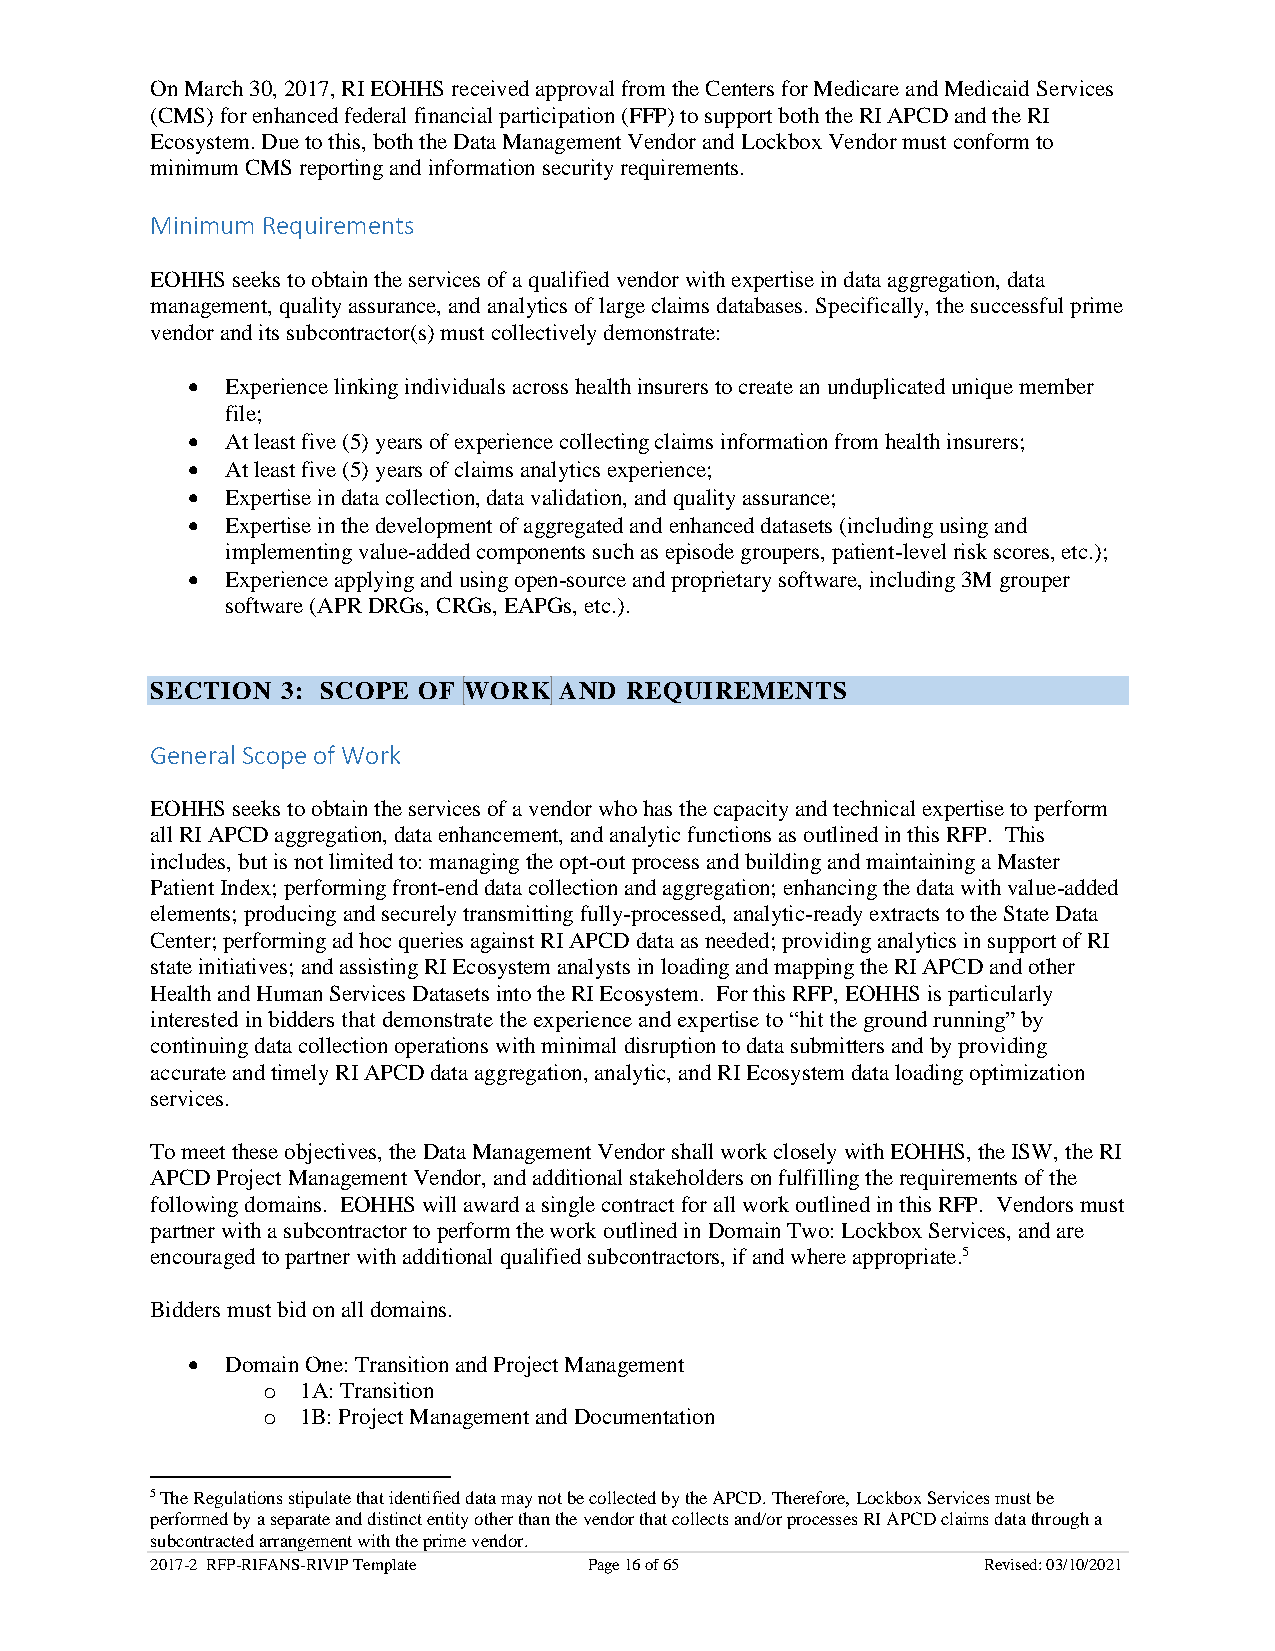
On March 30, 2017, RI EOHHS received approval from the Centers for Medicare and Medicaid Services
 (CMS) for enhanced federal financial participation (FFP) to support both the RI APCD and the RI
 Ecosystem. Due to this, both the Data Management Vendor and Lockbox Vendor must conform to
 minimum CMS reporting and information security requirements.
 Minimum Requirements
 EOHHS seeks to obtain the services of a qualified vendor with expertise in data aggregation, data
 management, quality assurance, and analytics of large claims databases. Specifically, the successful prime
 vendor and its subcontractor(s) must collectively demonstrate:
 •  Experience linking individuals across health insurers to create an unduplicated unique member
 file;
 •  At least five (5) years of experience collecting claims information from health insurers;
 •  At least five (5) years of claims analytics experience;
 •  Expertise in data collection, data validation, and quality assurance;
 •  Expertise in the development of aggregated and enhanced datasets (including using and
 implementing value-added components such as episode groupers, patient-level risk scores, etc.);
 •  Experience applying and using open-source and proprietary software, including 3M grouper
 software (APR DRGs, CRGs, EAPGs, etc.).
 SECTION  3: SCOPE OF WORK  AND REQUIREMENTS
 General Scope of Work
 EOHHS seeks to obtain the services of a vendor who has the capacity and technical expertise to perform
 all RI APCD aggregation, data enhancement, and analytic functions as outlined in this RFP. This
 includes, but is not limited to: managing the opt-out process and building and maintaining a Master
 Patient Index; performing front-end data collection and aggregation; enhancing the data with value-added
 elements; producing and securely transmitting fully-processed, analytic-ready extracts to the State Data
 Center; performing ad hoc queries against RI APCD data as needed; providing analytics in support of RI
 state initiatives; and assisting RI Ecosystem analysts in loading and mapping the RI APCD and other
 Health and Human Services Datasets into the RI Ecosystem. For this RFP, EOHHS is particularly
 interested in bidders that demonstrate the experience and expertise to “hit the ground running” by
 continuing data collection operations with minimal disruption to data submitters and by providing
 accurate and timely RI APCD data aggregation, analytic, and RI Ecosystem data loading optimization
 services.
 To meet these objectives, the Data Management Vendor shall work closely with EOHHS, the ISW, the RI
 APCD Project Management Vendor, and additional stakeholders on fulfilling the requirements of the
 following domains. EOHHS will award a single contract for all work outlined in this RFP. Vendors must
 partner with a subcontractor to perform the work outlined in Domain Two: Lockbox Services, and are
 encouraged to partner with additional qualified subcontractors, if and where appropriate.5
 Bidders must bid on all domains.
 •  Domain One: Transition and Project Management
 o  1A: Transition
 o  1B: Project Management and Documentation
 5 The Regulations stipulate that identified data may not be collected by the APCD. Therefore, Lockbox Services must be
 performed by a separate and distinct entity other than the vendor that collects and/or processes RI APCD claims data through a
 subcontracted arrangement with the prime vendor.
 2017-2 RFP-RIFANS-RIVIP Template Page 16 of 65         Revised: 03/10/2021